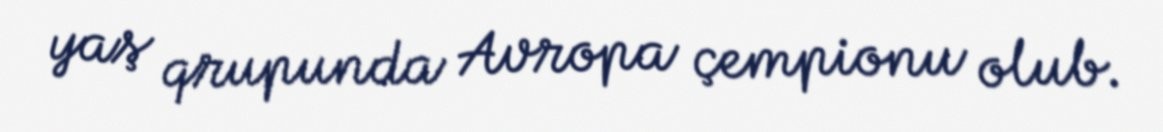
yaş qrupunda Avropa çempionu olub.